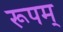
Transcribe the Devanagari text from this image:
रूपम्‌